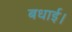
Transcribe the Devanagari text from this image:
बधाई।